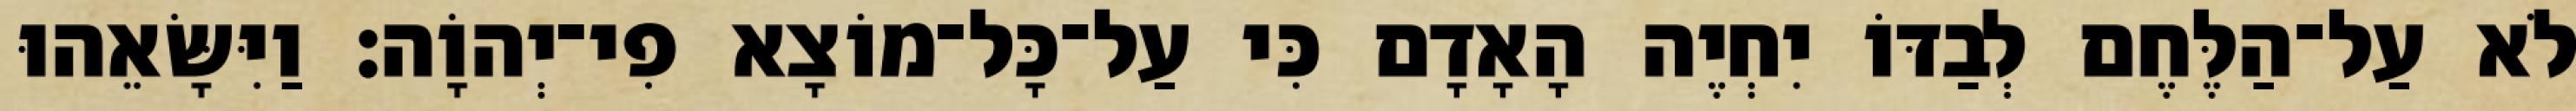
לֹא עַל־הַלֶּחֶם לְבַדּוֹ יִחְיֶה הָאָדָם כִּי עַל־כָּל־מוֹצָא פִי־יְהוָֹה׃ וַיִּשָּׂאֵהוּ